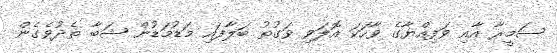
ސަމީރާ އާއި ވަފިއްޔާގެ ވާހަކަ އޮލަވި ވަގުތު ބަލާފައި މަޑުމަޑުން ޝަބާ ތެދުވެގެން